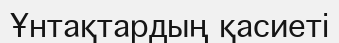
Ұнтақтардың қасиеті